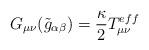
LaTeX: \begin{align*}G_{\mu\nu}(\tilde{g}_{\alpha\beta})=\frac{\kappa}{2}T_{\mu\nu}^{eff} \end{align*}